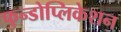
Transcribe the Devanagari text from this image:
फुन्डोप्लिकेशन